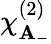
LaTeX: \chi_{\mathbf{A}_{-}}^{(2)}